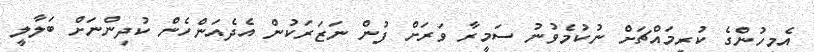
އެމީހުންގެ ކުރިމައްޗަށް ނުކުމެވުނު ސަމީރާ ވަރަށް ފުން ނަޒަރަކުން އެދެއަންހެން ކުދިންނަށް ބަލާލީ